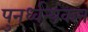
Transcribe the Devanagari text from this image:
पुनर्ध्वन्यंकन